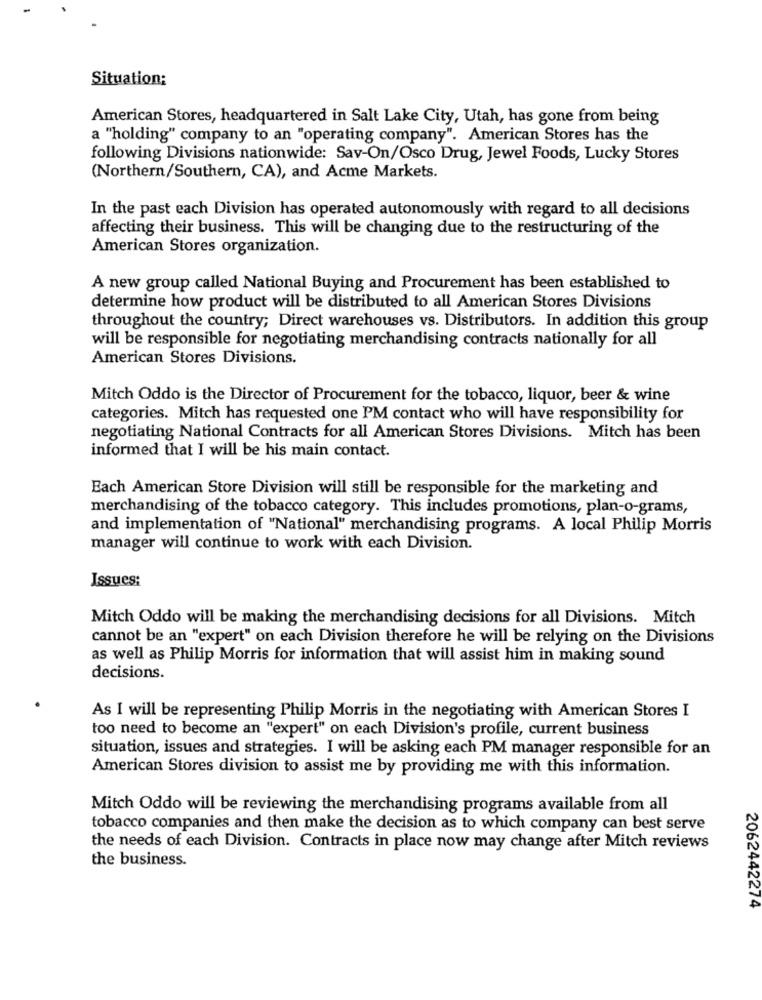
Situation:
American Stores, headquartered in Salt Lake City, Utah, has gone from being
a "holding" company to an "operating company". American Stores has the
following Divisions nationwide: Sav-On/Osco Drug, Jewel Foods, Lucky Stores
(Northern/Southern, CA), and Acme Markets.
In the past each Division has operated autonomously with regard to all decisions
affecting their business. This will be changing due to the restructuring of the
American Stores organization.
A new group called National Buying and Procurement has been established to
determine how product will be distributed to all American Stores Divisions
throughout the country; Direct warehouses vs. Distributors. In addition this group
will be responsible for negotiating merchandising contracts nationally for all
American Stores Divisions.
Mitch Oddo is the Director of Procurement for the tobacco, liquor, beer & wine
categories. Mitch has requested one PM contact who will have responsibility for
negotiating National Contracts for all American Stores Divisions. Mitch has been
informed that I will be his main contact.
Each American Store Division will still be responsible for the marketing and
merchandising of the tobacco category. This includes promotions, plan-o-grams,
and implementation of "National" merchandising programs. A local Philip Morris
manager will continue to work with each Division.
Issues:
Mitch Oddo will be making the merchandising decisions for all Divisions. Mitch
cannot be an "expert" on each Division therefore he will be relying on the Divisions
as well as Philip Morris for information that will assist him in making sound
decisions.
As I will be representing Philip Morris in the negotiating with American Stores I
too need to become an "expert" on each Division's profile, current business
situation, issues and strategies. I will be asking each PM manager responsible for an
American Stores division to assist me by providing me with this information.
Mitch Oddo will be reviewing the merchandising programs available from all
tobacco companies and then make the decision as to which company can best serve
the needs of each Division. Contracts in place now may change after Mitch reviews
the business.
2062442274